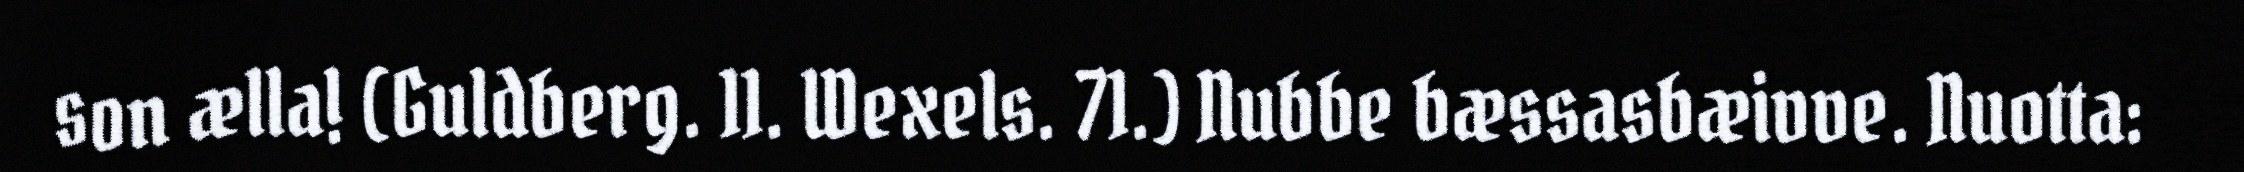
son ælla! (Guldberg. 11. Wexels. 71.) Nubbe bæssasbæivve. Nuotta: